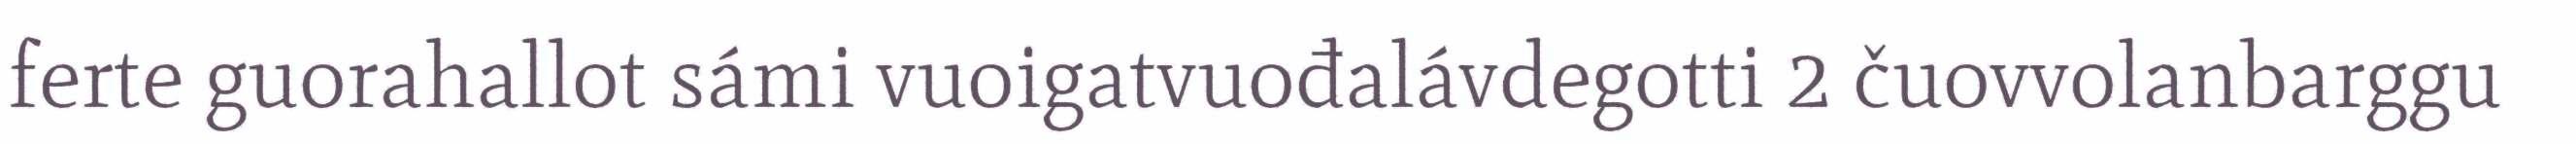
ferte guorahallot sámi vuoigatvuođalávdegotti 2 čuovvolanbarggu